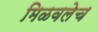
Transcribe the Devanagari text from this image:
मिळवलेच